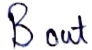
Text: Bout